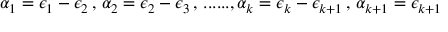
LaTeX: \alpha _ { 1 } = \epsilon _ { 1 } - \epsilon _ { 2 } \, , \, \alpha _ { 2 } = \epsilon _ { 2 } - \epsilon _ { 3 } \, , \, . . . . . . , \alpha _ { k } = \epsilon _ { k } - \epsilon _ { k + 1 } \, , \, \alpha _ { k + 1 } = \epsilon _ { k + 1 }